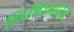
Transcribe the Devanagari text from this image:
लिपिशास्त्रज्ञ